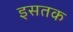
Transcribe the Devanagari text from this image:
इसतक